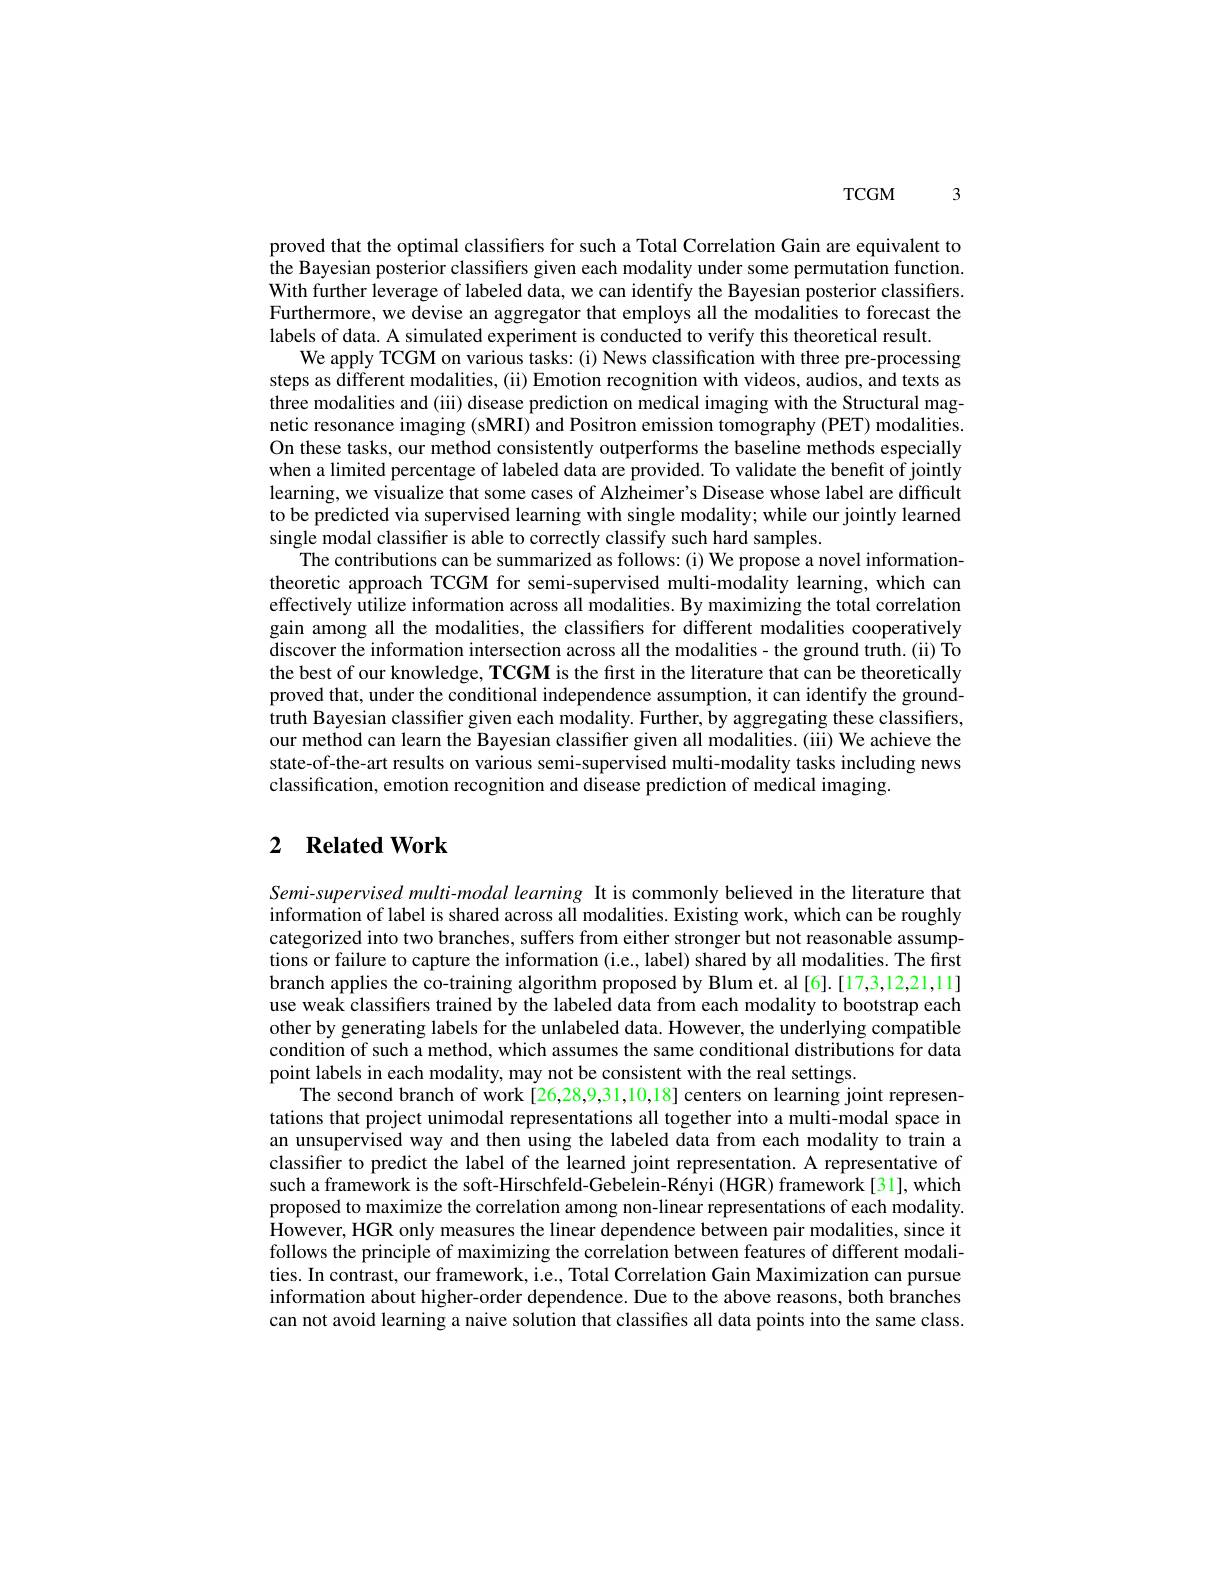
$TCGM3$

proved that the optimal classifers for such a Total Correlation Gain are equivalent to the Bayesian posterior classifiers given each modality under some permutation function. With further leverage of labeled data, we can identify the Bayesian posterior classifiers. Furthermore, we devise an aggregator that employs all the modalities to forecast the labels of data. A simulated experiment is conducted to verify this theoretical result.
We apply TCGM on various tasks: (i) News classification with three pre-processing steps as different modalities, (ii) Emotion recognition with videos, audios, and texts as three modalities and (iii) disease prediction on medical imaging with the Structural magnetic resonance imaging (sMRI) and Positron emission tomography (PET) modalities. On these tasks, our method consistently outperforms the baseline methods especially when a limited percentage of labeled data are provided. To validate the benefit of jointly learning, we visualize that some cases of Alzheimer's Disease whose label are difficult to be predicted via supervised learning with single modality; while our jointly learned single modal classifier is able to correctly classify such hard samples.
The contributions can be summarized as follows: (i) We propose a novel informationtheoretic approach TCGM for semi-supervised multi-modality learning, which can effectively utilize information across all modalities. By maximizing the total correlation gain among all the modalities, the classifiers for different modalities cooperatively discover the information intersection across all the modalities- the ground truth.(ii) To the best of our knowledge, TCGM is the first in the literature that can be theoretically proved that, under the conditional independence assumption, it can identify the groundtruth Bayesian classifier given each modality. Further, by aggregating these classifiers, our method can learn the Bayesian classifier given all modalities. (iii) We achieve the state-of-the-art results on various semi-supervised multi-modality tasks including news classification, emotion recognition and disease prediction of medical imaging.

# 2 Related Work

Semi-supervised multi-modal learning It is commonly believed in the literature that information of label is shared across all modalities. Existing work, which can be roughly categorized into two branches, suffers from either stronger but not reasonable assumptions or failure to capture the information (i.e., label) shared by all modalities. The first branch applies the co-training algorithm proposed by Blum et. al [6].[17,3,12,21,11] use weak classifiers trained by the labeled data from each modality to bootstrap each other by generating labels for the unlabeled data. However, the underlying compatible condition of such a method, which assumes the same conditional distributions for data point labels in each modality, may not be consistent with the real settings.
The second branch of work [26,28,9,31,10,18] centers on learning joint representations that project unimodal representations all together into a multi-modal space in an unsupervised way and then using the labeled data from each modality to train a classifier to predict the label of the learned joint representation. A representative of such a framework is the soft-Hirschfeld-Gebelein-Rényi (HGR) framework [31], which proposed to maximize the correlation among non-linear representations of each modality. However, HGR only measures the linear dependence between pair modalities, since it follows the principle of maximizing the correlation between features of different modalities. In contrast, our framework, i.e., Total Correlation Gain Maximization can pursue information about higher-order dependence. Due to the above reasons, both branches can not avoid learning a naive solution that classifies all data points into the same class.